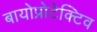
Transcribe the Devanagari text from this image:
बायोप्रोटेक्टिव